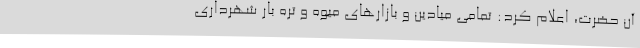
آن حضرت، اعلام کرد: تمامی میادین و بازارهای میوه و تره بار شهرداری